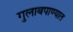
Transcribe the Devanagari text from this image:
गुलाबपाण्यात